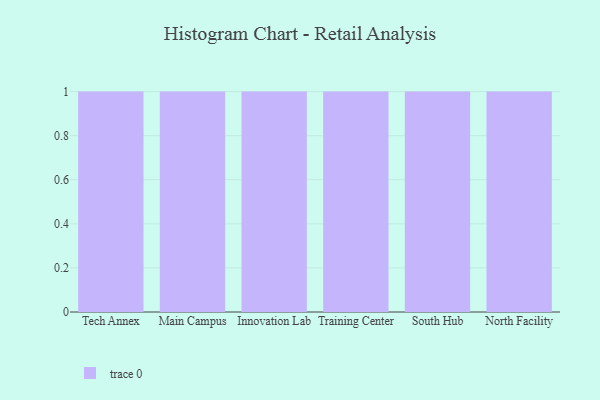
{"axis": {"x": "Campus", "y": "Energy Usage (MWh)"}, "legend": [""], "data": [{"x": "Tech Annex", "y": 69, "type": ""}, {"x": "Main Campus", "y": 15, "type": ""}, {"x": "Innovation Lab", "y": 6, "type": ""}, {"x": "Training Center", "y": 38, "type": ""}, {"x": "South Hub", "y": 18, "type": ""}, {"x": "North Facility", "y": 40, "type": ""}]}